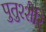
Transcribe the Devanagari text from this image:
पुतुश्शेरि